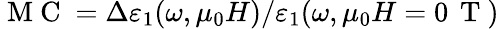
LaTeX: \mathrm{~M~C~}=\Delta\varepsilon_{1}(\omega,\mu_{0}H)/\varepsilon_{1}(\omega,\mu_{0}H=0\, \mathrm{~T~})